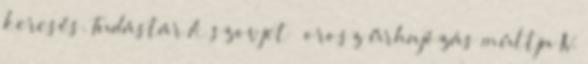
keresés. Tudástár A szovjet orosz űrhajózás múltja IV.